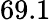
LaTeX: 69.1